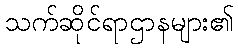
သက်ဆိုင်ရာဌာနများ၏